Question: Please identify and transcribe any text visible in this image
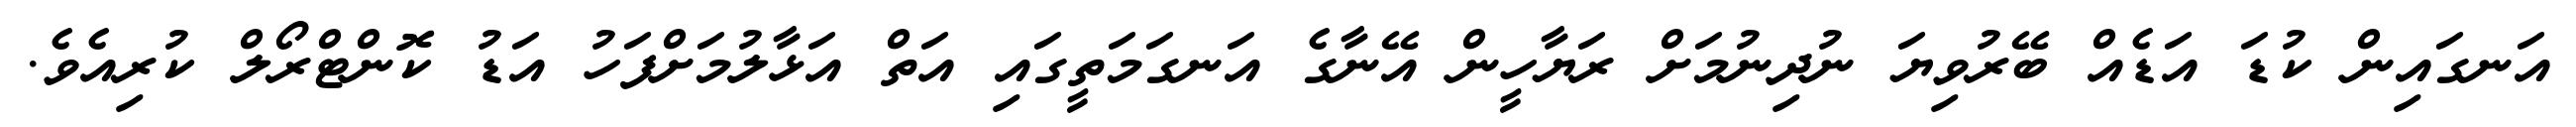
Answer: އަނގައިން ކުޑަ އަޑެއް ބޭރުވިޔަ ނުދިނުމަށް ރަޔާހީން އޭނާގެ އަނގަމަތީގައި އަތް އަޅާލުމަށްފަހު އަޑު ކޮންޓްރޯލް ކުރިއެވެ.